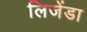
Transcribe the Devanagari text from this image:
लिजेंडा